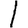
Digit: 1